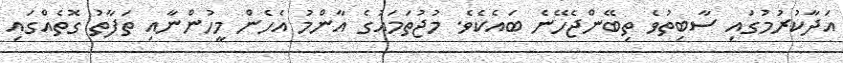
އަދާކުރުމުގައި ސާބިތުވެ ތިބޭންޖެހޭނެ ބައެކެވެ. މުޖުތަމައުގެ އާންމު އެހެން މީހުންނާއި ތަފާތު ގޮތެއްގައި